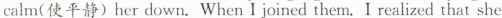
calm（使平静）her down.When I joined them.I realized that she